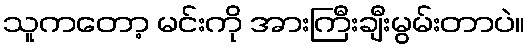
သူကတော့ မင်းကို အားကြီးချီးမွမ်းတာပဲ။